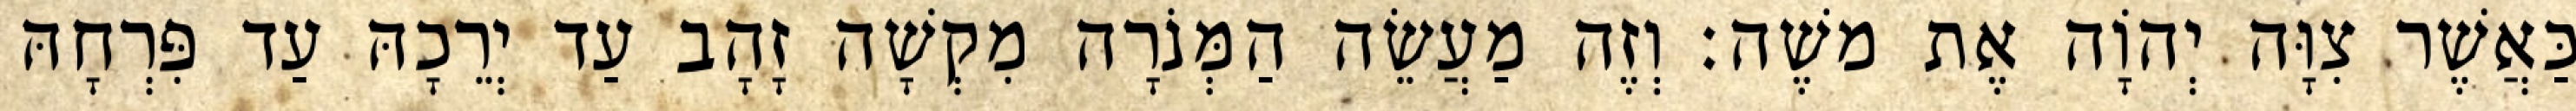
כַּאֲשֶׁר צִוָּה יְהוָֹה אֶת משֶׁה׃ וְזֶה מַעֲשֵׂה הַמְּנֹרָה מִקְשָׁה זָהָב עַד יְרֵכָהּ עַד פִּרְחָהּ